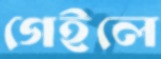
গেইলে